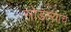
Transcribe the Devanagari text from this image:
सोडल्याचे